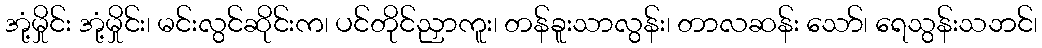
အုံ့မှိုင်း အုံ့မှိုင်း၊ မင်းလွင်ဆိုင်းက၊ ပင်တိုင်ညှာကူး၊ တန်ခူးသာလွန်း၊ တာလဆန်း သော်၊ ရေသွန်းသဘင်၊